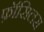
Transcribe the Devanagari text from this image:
फ़ॉसिलस